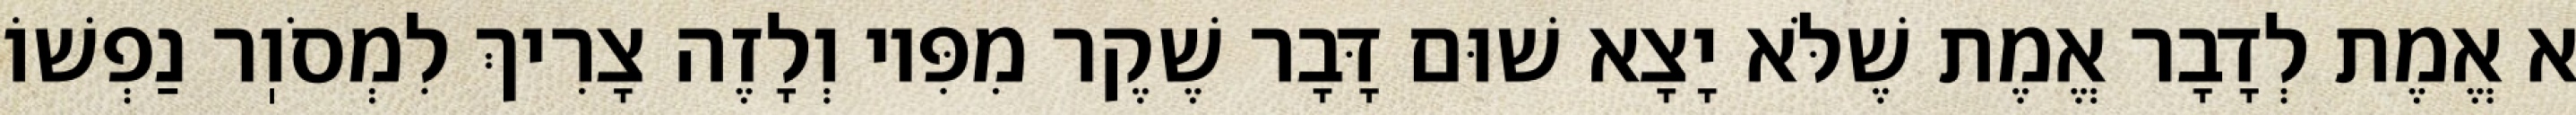
א אֱמֶת לְדָבָר אֱמֶת שֶׁלֹּא יָצָא שׁוּם דָּבָר שֶׁקֶר מִפִּיו וְלָזֶה צָרִיךְ לִמְסֹוֽר נַפְשׁוֹ